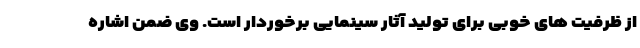
از ظرفیت های خوبی برای تولید آثار سینمایی برخوردار است. وی ضمن اشاره